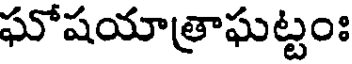
ఘోషయాత్రాఘట్టంః